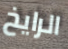
الرايخ